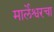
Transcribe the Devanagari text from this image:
मार्लेश्वरचा